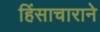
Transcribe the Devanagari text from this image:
हिंसाचाराने